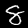
Label: 8